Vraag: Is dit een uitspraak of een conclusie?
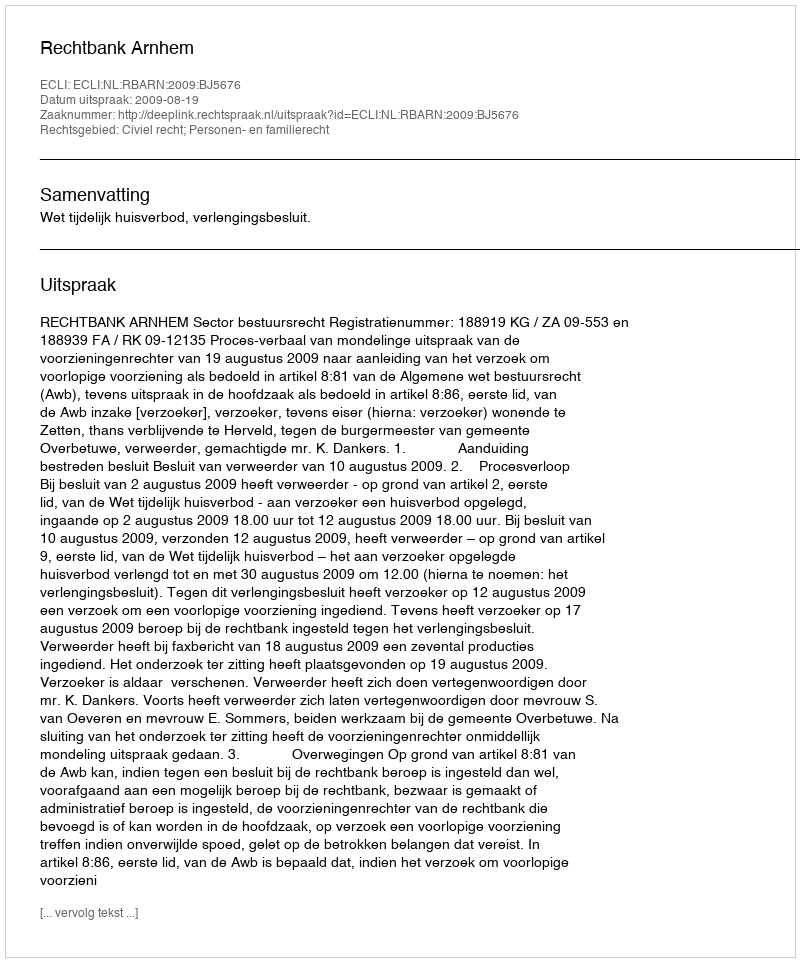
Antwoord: Uitspraak